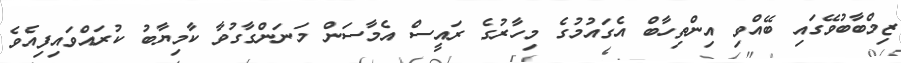
ޒިމްބާބުވޭގައި ބޭއްވި އިންތިހާބް އެގައުމުގެ މިހާރުގެ ރައީސް އެމާސަން މަނަންގާގުވާ ކާމިޔާބު ކުރައްވައިފިއެވެ